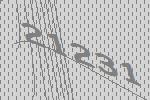
21231